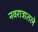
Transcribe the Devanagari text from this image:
नवरात्रातले